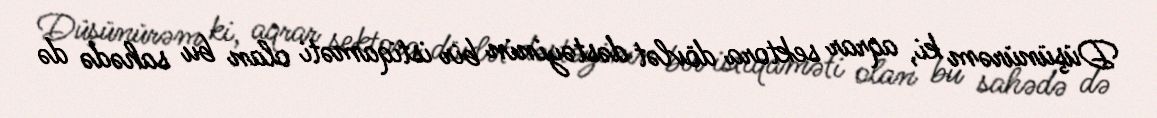
Düşünürəm ki, aqrar sektora dövlət dəstəyinin bir istiqaməti olan bu sahədə də